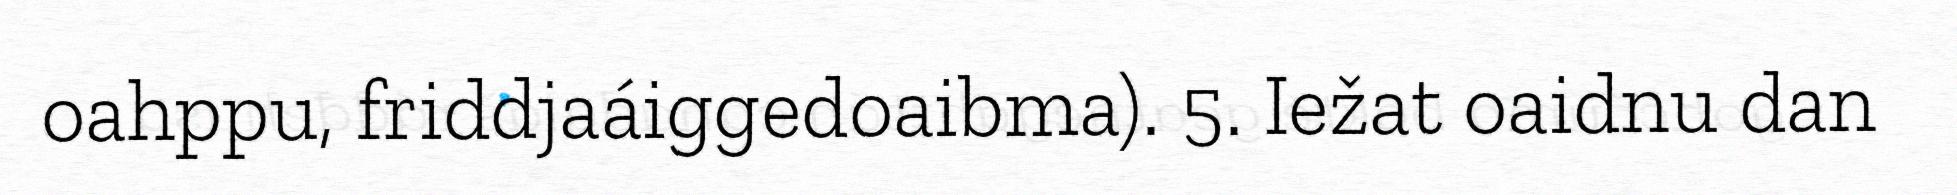
oahppu, friddjaáiggedoaibma). 5. Iežat oaidnu dan